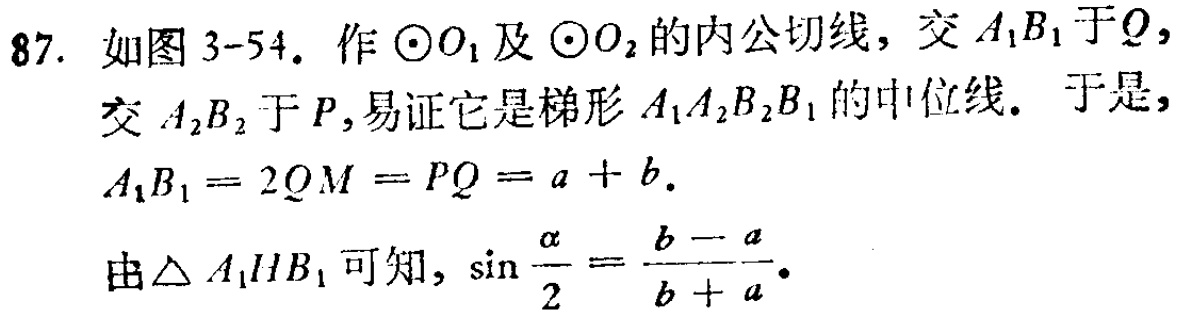
87. 如图 3-54. 作$\odot O_1$及$\odot O_2$的内公切线，交$A_1B_1$于$Q$，
交$A_2B_2$于$P$,易证它是梯形$A_1A_2B_2B_1$的中位线. 于是,
$A_1B_1 = 2QM = PQ = a + b.$
由$\triangle A_1HB_1$可知, $\sin\frac{\alpha}{2}=\frac{b - a}{b + a}.$